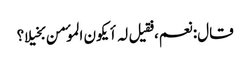
قال: نعم، فقیل لہ أیکون الموٴمن بخیلا؟